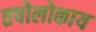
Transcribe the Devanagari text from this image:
तषोलोकाय